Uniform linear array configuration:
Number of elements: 16
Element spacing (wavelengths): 0.75
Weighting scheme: exponential
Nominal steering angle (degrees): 30
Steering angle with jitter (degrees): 30.96
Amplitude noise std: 0.05
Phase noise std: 0.05

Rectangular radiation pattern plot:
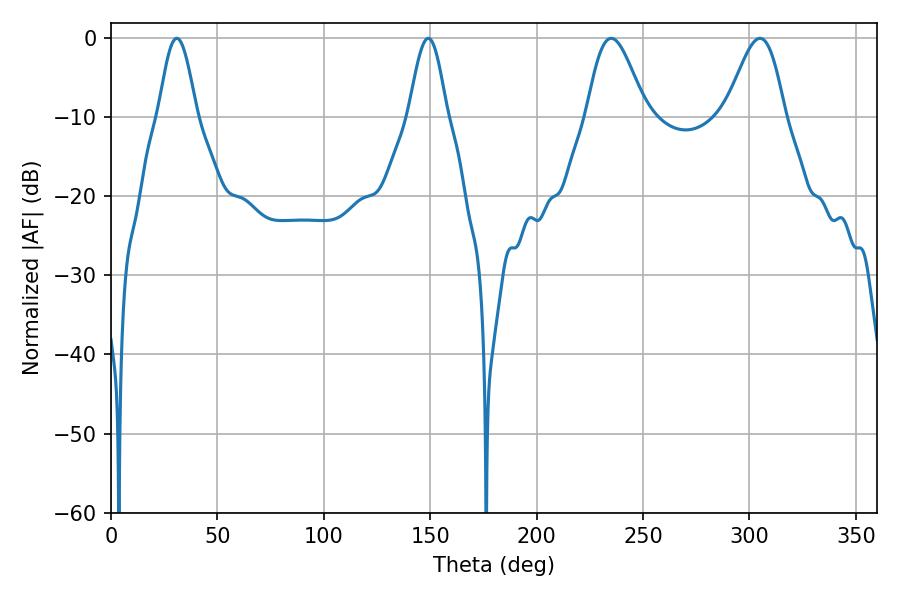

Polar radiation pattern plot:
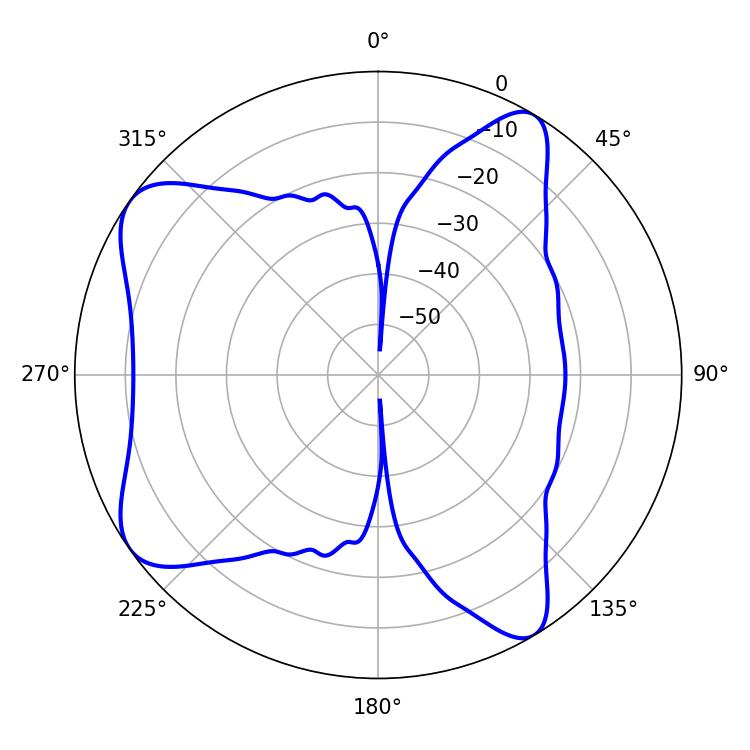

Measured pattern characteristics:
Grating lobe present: TRUE
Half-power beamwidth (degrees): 14.76
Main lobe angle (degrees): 235.08